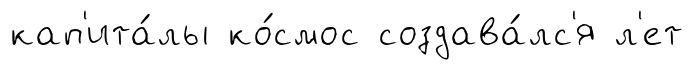
кап'ита́лы ко́смос создава́лс'я л'ет